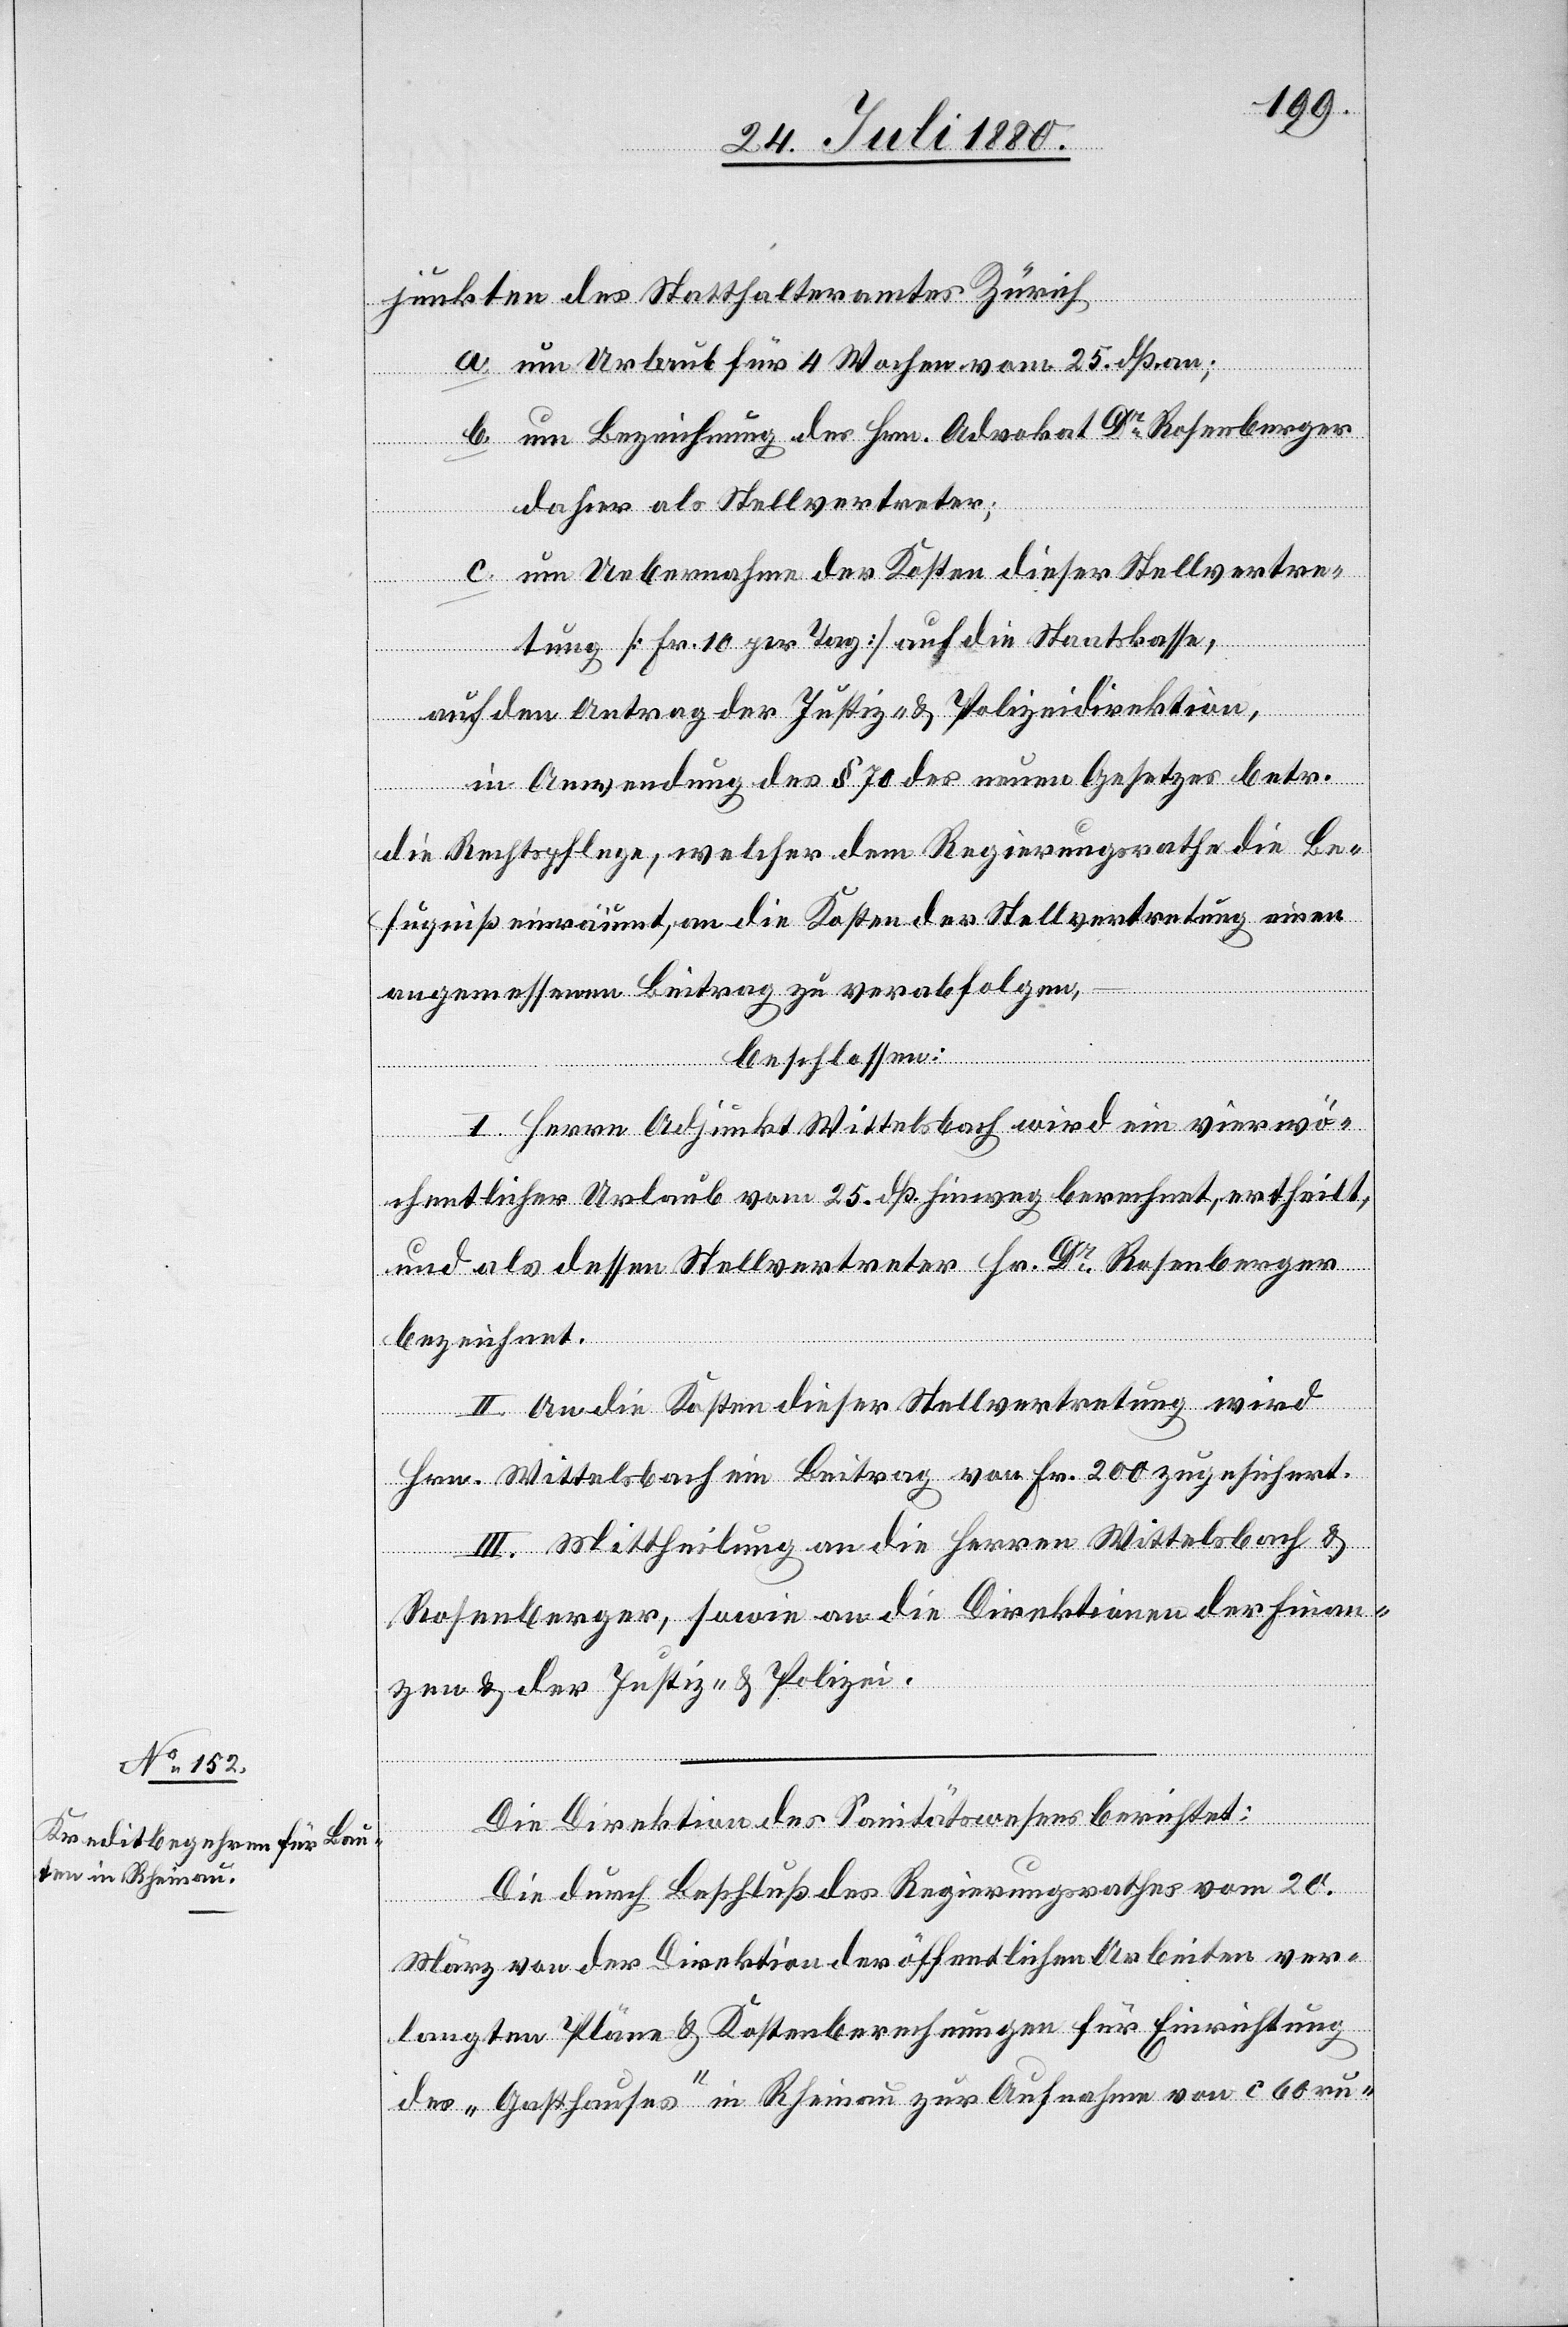
junkten des Statthalteramtes Zürich
a. um Urlaub für 4 Wochen vom 25. dß. an;
b. um Bezeichnung des Hrn. Advokat Dr Rosenberger
dahier als Stellvertreter;
c. um Uebernahme der Kosten dieser Stellvertre¬
tung [Fr. 10] auf die Staatskasse,
auf den Antrag der Justiz- & Polizeidirektion,
in Anwendung des § 70 des neuen Gesetzes betr.
die Rechtspflege, welcher dem Regierungsrathe die Be¬
fugniß einräumt, an die Kosten der Stellvertretung einen
angemessenen Beitrag zu verabfolgen,
beschlossen:
I. Herrn Adjunkt Wittelsbach wird ein vierwö¬
chentlicher Urlaub vom 25. dß. hinweg berechnet, ertheilt,
und als dessen Stellvertreter Hr. Dr Rosenberger
bezeichnet.
II. An die Kosten dieser Stellvertretung wird
Hrn. Wittelsbach ein Beitrag von Fr. 200 zugesichert.
III. Mittheilung an die Herren Wittelsbach &
Rosenberger, sowie an die Direktionen der Finan¬
zen & der Justiz- & Polizei.
Die Direktion des Sanitätswesens berichtet:
Die durch Beschluß des Regierungsrathes vom 20.
März von der Direktion der öffentlichen Arbeiten ver¬
langten Pläne & Kostenberechnungen für Einrichtung
des „Gasthauses“ in Rheinau zur Aufnahme von ca 60 ru-